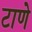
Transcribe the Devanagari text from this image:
टाणे